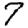
Digit: 7